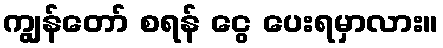
ကျွန်တော် စရန် ငွေ ပေးရမှာလား။